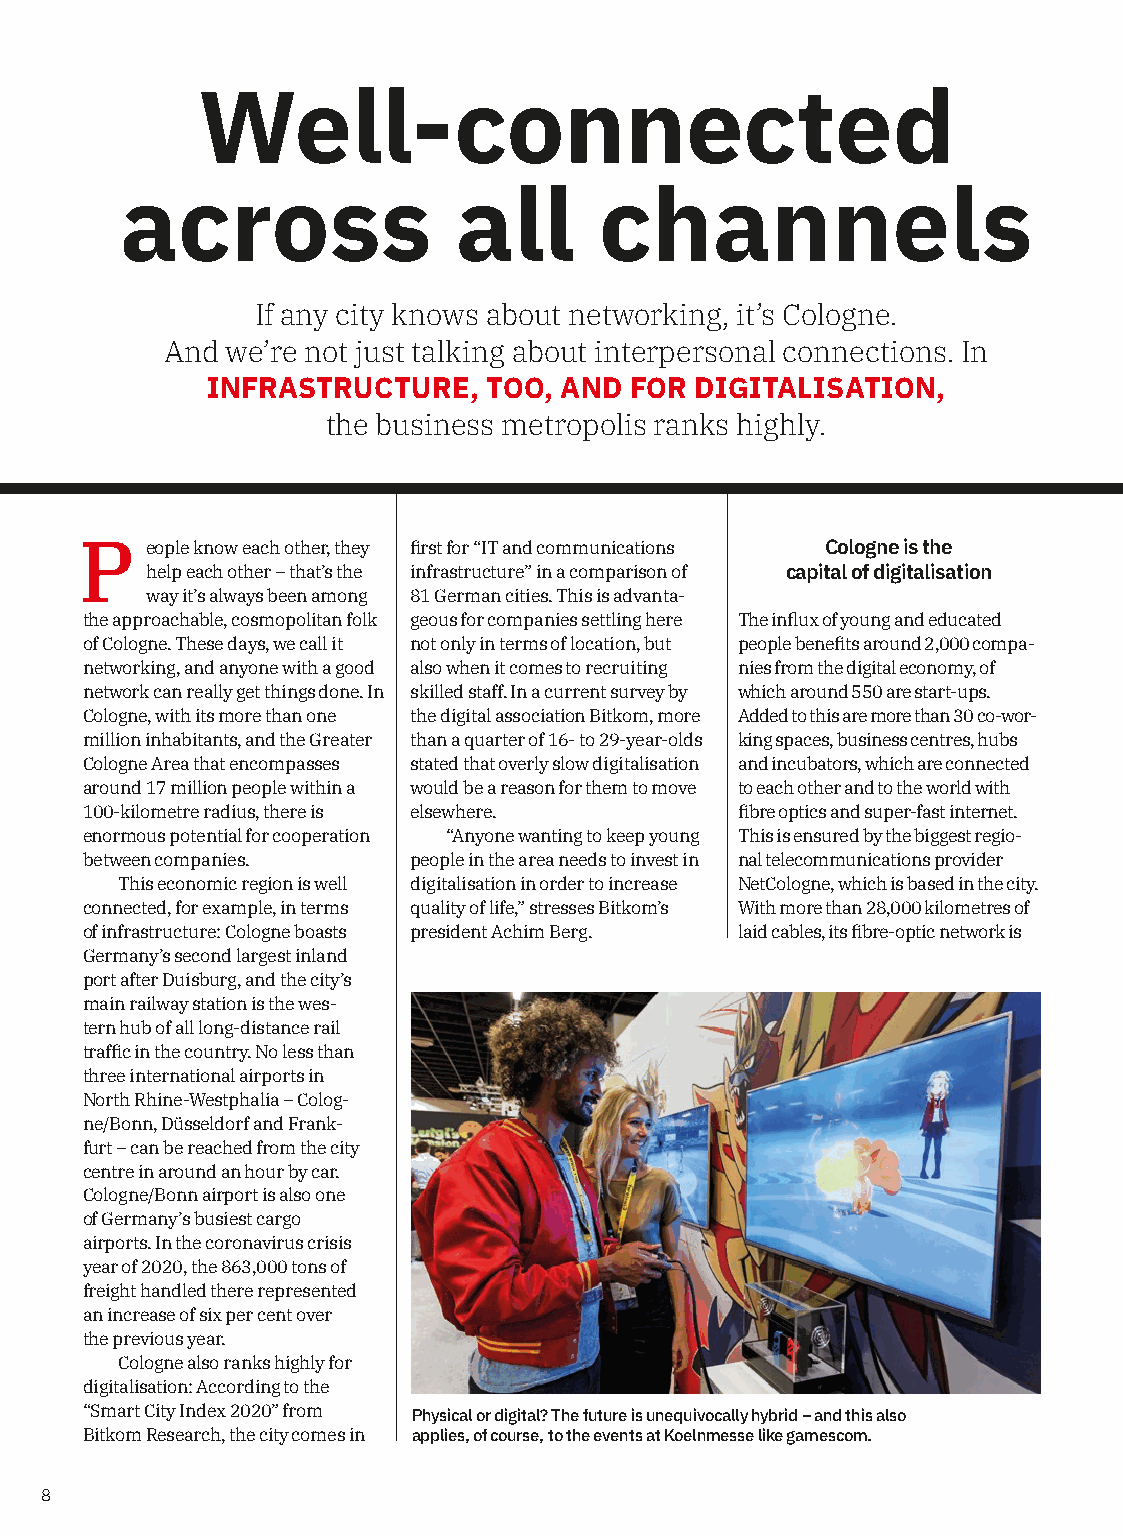
Well-connected
 across                all       channels
 If any city knows about networking, it’s Cologne.
 And we’re not just talking about interpersonal connections. In
 INFRASTRUCTURE,   TOO, AND  FOR DIGITALISATION,
 the business metropolis ranks highly.
 P    eople know each other, they first for “IT and communications Cologne is the
 help each other – that’s the infrastructure” in a comparison of capital of digitalisation
 way it’s always been among 81 German cities. This is advanta-
 the approachable, cosmopolitan folk geous for companies settling here The influx of young and educated
 of Cologne. These days, we call it not only in terms of location, but people benefits around 2,000 compa-
 networking, and anyone with a good also when it comes to recruiting nies from the digital economy, of
 network can really get things done. In skilled staff. In a current survey by which around 550 are start-ups.
 Cologne, with its more than one the digital association Bitkom, more Added to this are more than 30 co-wor-
 million inhabitants, and the Greater than a quarter of 16- to 29-year-olds king spaces, business centres, hubs
 Cologne Area that encompasses stated that overly slow digitalisation and incubators, which are connected
 around 17 million people within a would be a reason for them to move to each other and to the world with
 100-kilometre radius, there is elsewhere.   fibre optics and super-fast internet.
 enormous potential for cooperation “Anyone wanting to keep young This is ensured by the biggest regio-
 between companies.    people in the area needs to invest in nal telecommunications provider
 This economic region is well digitalisation in order to increase NetCologne, which is based in the city.
 connected, for example, in terms quality of life,” stresses Bitkom’s With more than 28,000 kilometres of
 of infrastructure: Cologne boasts president Achim Berg. laid cables, its fibre-optic network is
 Germany’s second largest inland
 port after Duisburg, and the city’s
 main railway station is the wes-
 tern hub of all long-distance rail
 traffic in the country. No less than
 three international airports in
 North Rhine-Westphalia – Colog-
 ne/Bonn, Düsseldorf and Frank-
 furt – can be reached from the city
 centre in around an hour by car.
 Cologne/Bonn airport is also one
 of Germany’s busiest cargo
 airports. In the coronavirus crisis
 year of 2020, the 863,000 tons of
 freight handled there represented
 an increase of six per cent over
 the previous year.
 Cologne also ranks highly for
 digitalisation: According to the
 “Smart City Index 2020” from Physical or digital? The future is unequivocally hybrid – and this also
 Bitkom Research, the city comes in applies, of course, to the events at Koelnmesse like gamescom.
 8
 HbmG
 essemnleoK
 ©